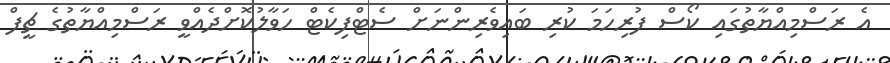
އެ ރަސްމިއްޔާތުގައި ކޯސް ފުރިހަމަ ކުރި ބައިވެރިންނަށް ސެޓްފިކެޓް ހަވާލުކޮށްދެއްވީ ރަސްމިއްޔާތުގެ ޗީފް